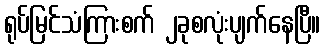
ရုပ်မြင်သံကြားစက် ၂ခုစလုံးပျက်နေပြီ။